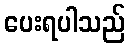
ပေးရပါသည်